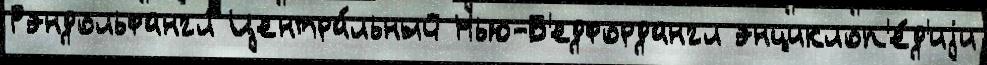
Рэндольфангл Центра́льный Нью-Б'едфордангл энциклоп'е́д'иjи